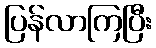
ပြန်လာကြပြီး